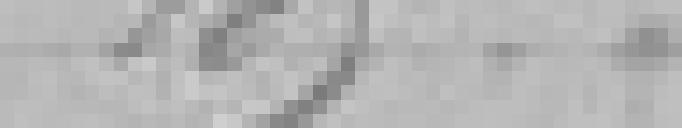
189